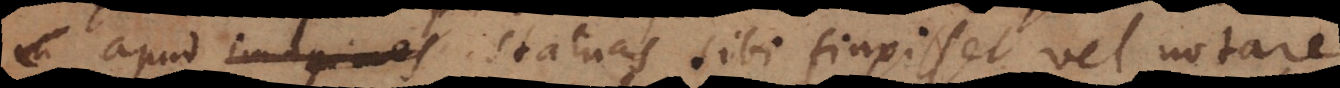
apud imagines statuas sibi finxisset vel notare